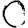
Digit: 0